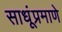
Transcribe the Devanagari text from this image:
साधूंप्रमाणे